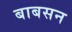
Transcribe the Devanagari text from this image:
बाबसन